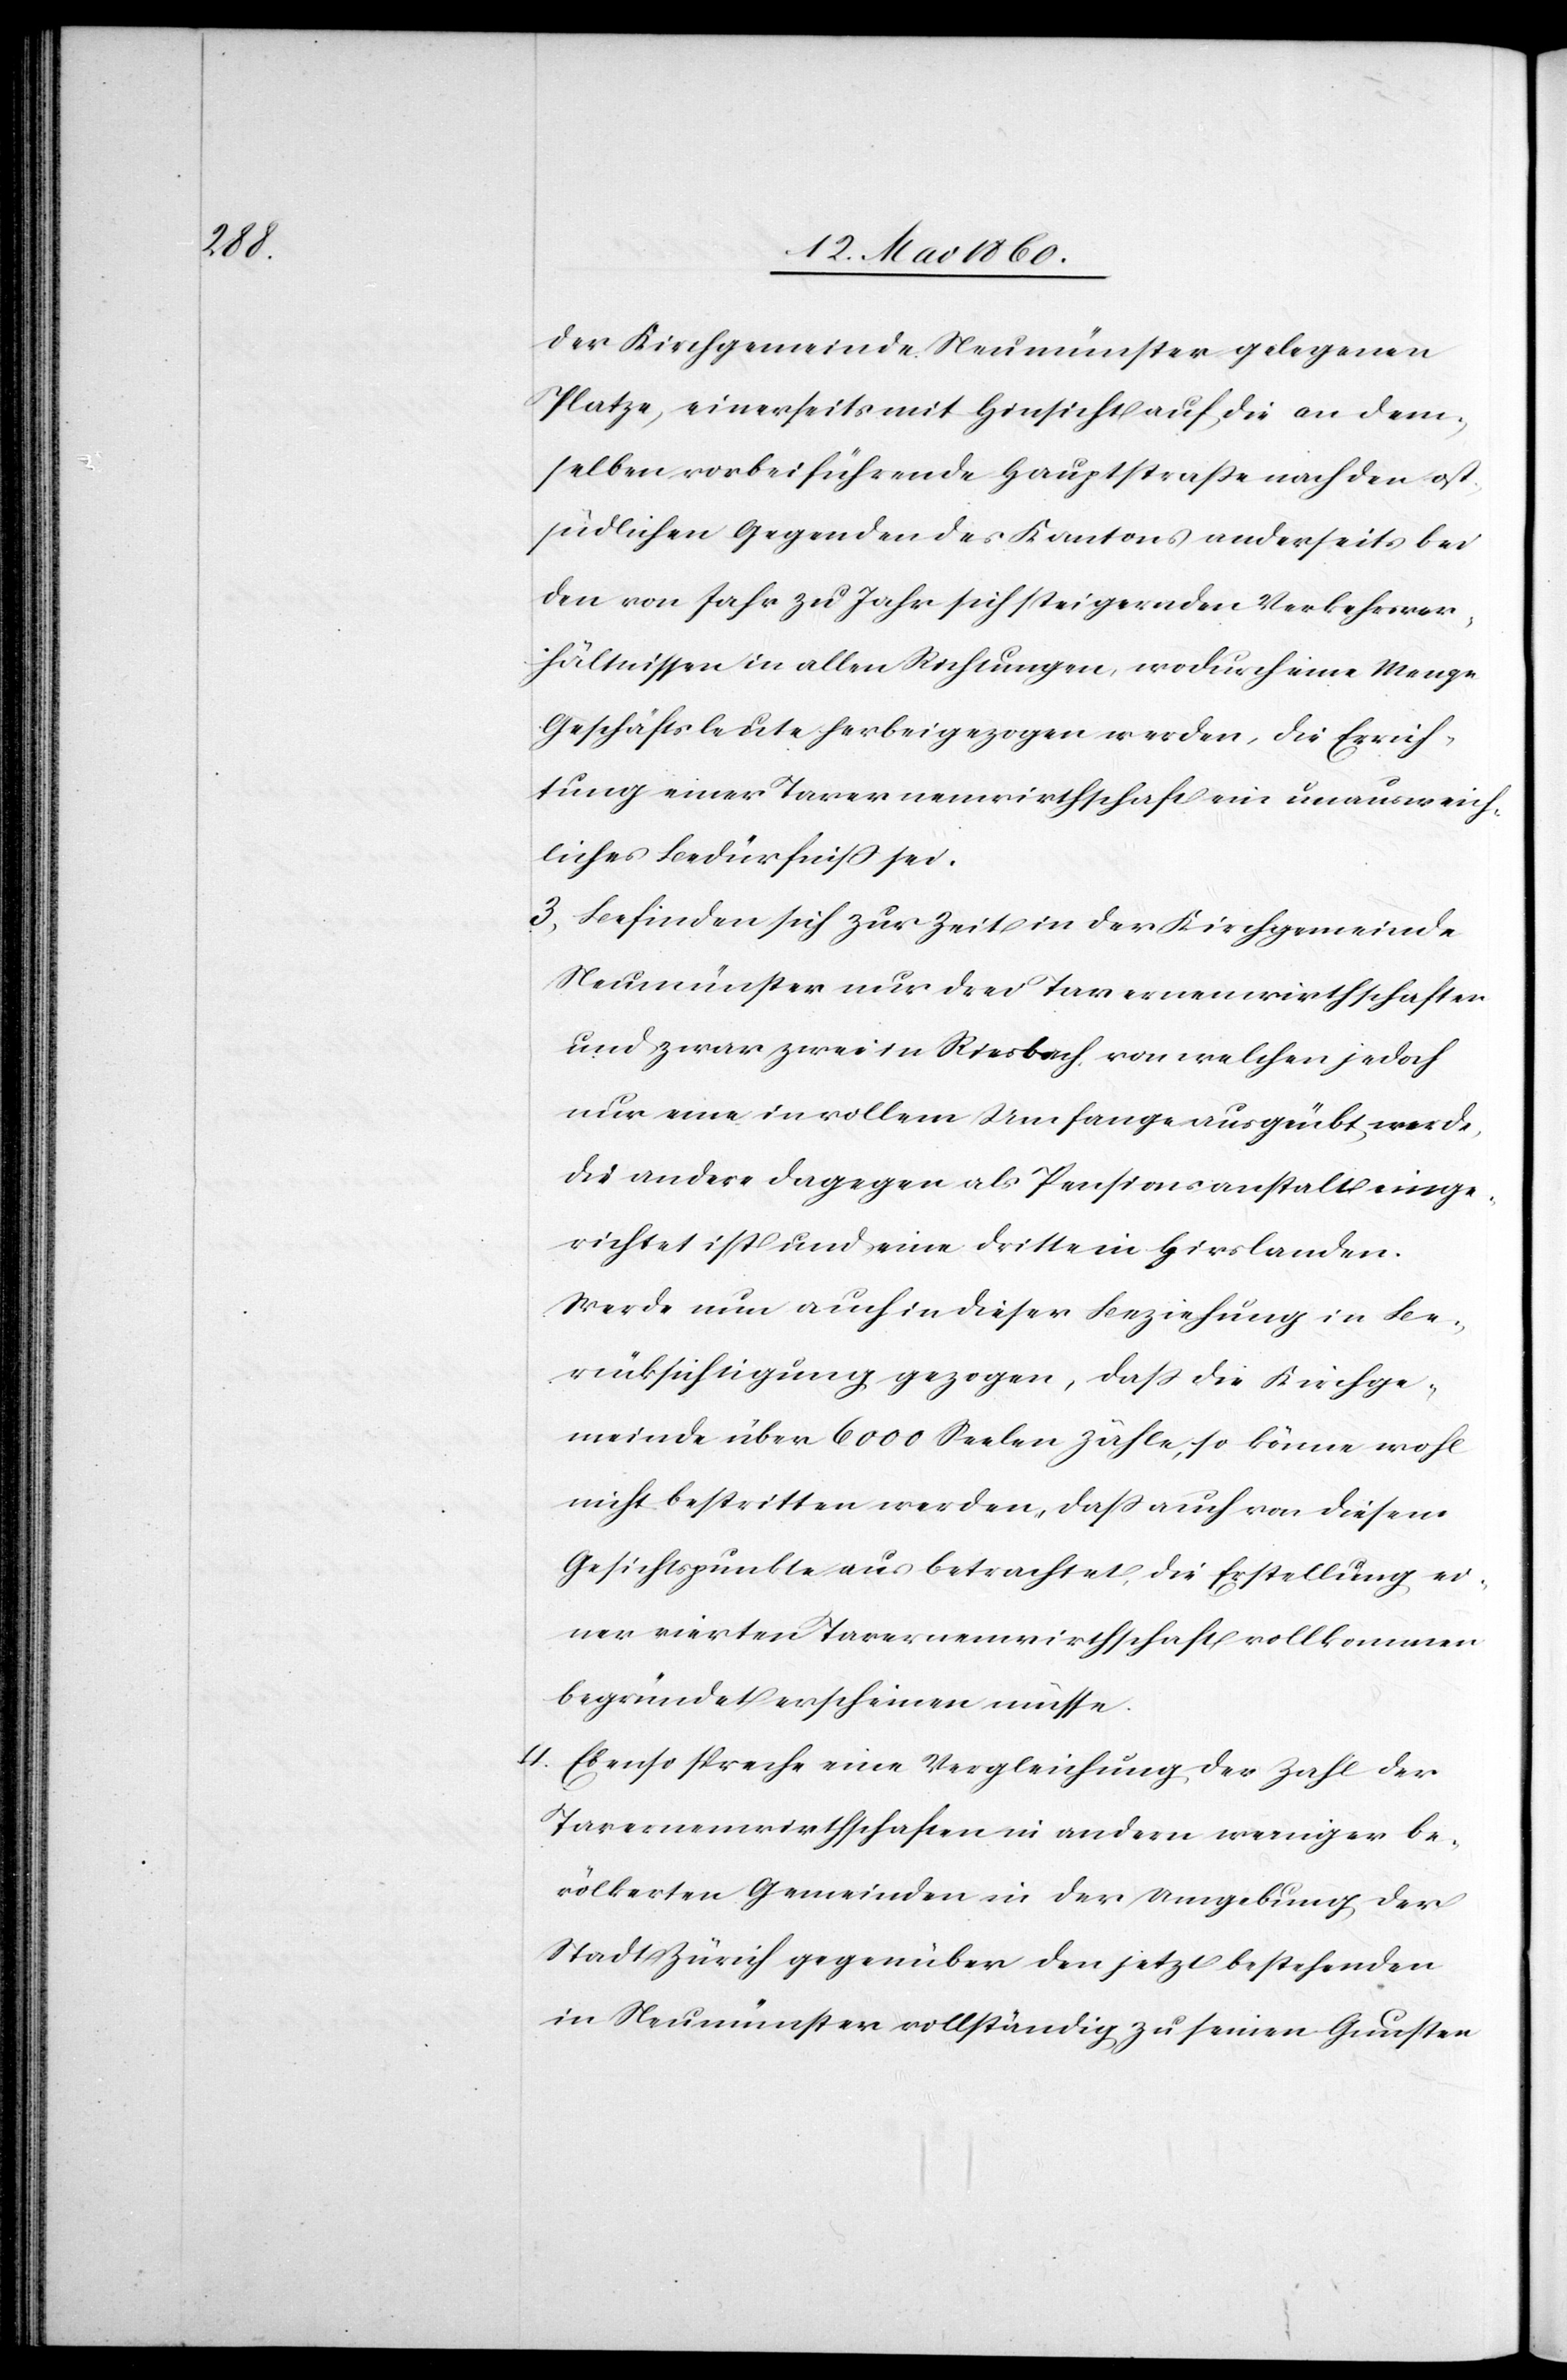
der

Kirchgemeinde Neumünster gelegenen
Platze, einerseits mit Hinsicht auf die an dem¬
selben vorbeiführende Hauptstraße nach den ost¬
südlichen Gegenden des Kantons anderseits bei
den von Jahr zu Jahr sich steigernden Verkehrsver¬
hältnissen in allen Richtungen, wodurch eine Menge
Geschäftsleute herbeigezogen werden, die Errich¬
tung einer Tavernenwirthschaft ein unausweich¬
liches Bedürfniss sei.
3. Befinden sich zur Zeit in der Kirchgemeinde
Neumünster nur drei Tavernenwirtschaften
und zwar zwei in Riesbach, von welchen jedoch
nur eine in vollem Umfange ausgeübt werde,
die andere dagegen als Pensionsanstalt einge¬
richtet ist und eine dritte in Hirslanden.
Werde nun auch in dieser Beziehung in Be¬
rücksichtigung gezogen, dass die Kirchge¬
meinde über 6000 Seelen zähle, so könne wohl
nicht bestritten werden, dass auch von diesem
Gesichtspunkte aus betrachtet, die Erstellung ei¬
ner vierten Tavernenwirthschaft vollkommen
begründet erscheinen müsse.
4. Ebenso spreche eine Vergleichung der Zahl der
Tavernenwirthschaften in andern weniger be¬
völkerten Gemeinden in der Umgebung der
Stadt Zürich gegenüber den jetzt bestehenden
in Neumünster vollständig zu seinen Gunsten.